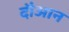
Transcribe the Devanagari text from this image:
दौआन